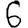
Digit: 6